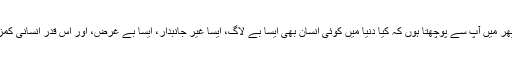
اگر یہ بات بھی درست ہے تو پھر میں آپ سے پوچھتا ہوں کہ کیا دنیا میں کوئی انسان بھی ایسا بے لاگ، ایسا غیر جانبدار، ایسا بے غرض، اور اس قدر انسانی کمزوریوں سے بالاتر ہوسکتا ہے؟